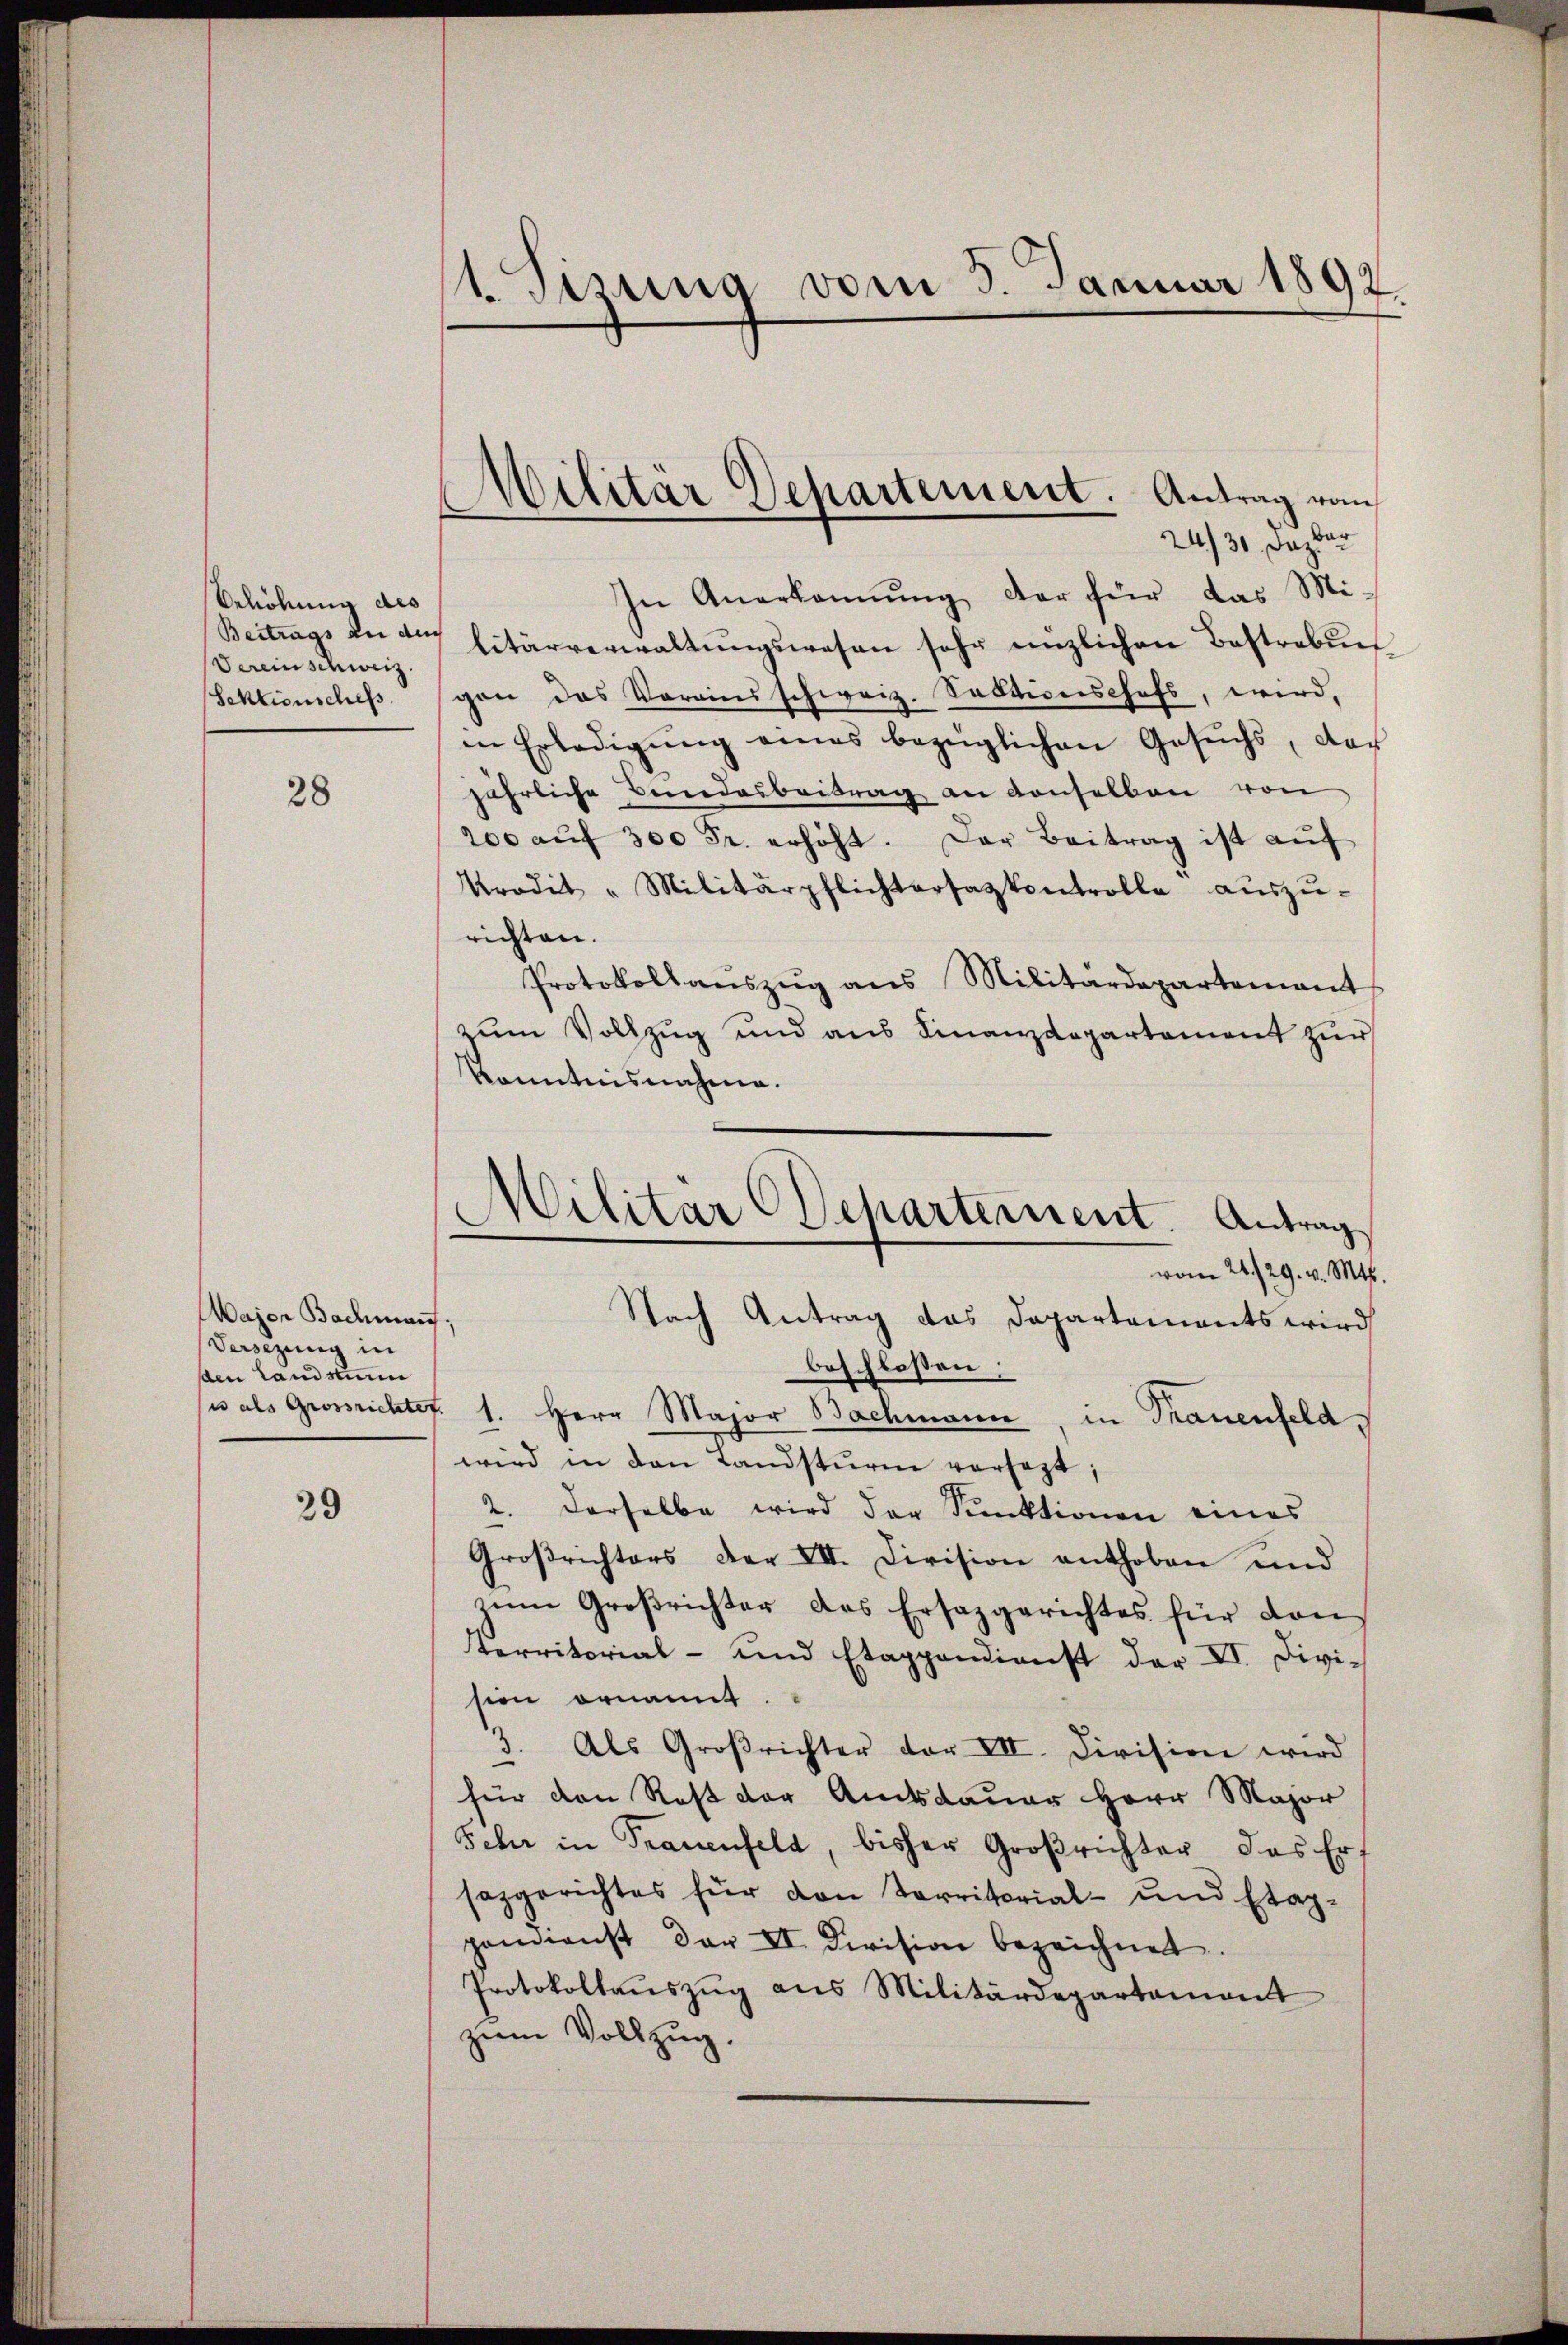
Belobung des
Vereinschweiz.
Sektiensches

28

Major Bachmann.
Versezung in
sden Landstim

39

vom 5. Januar 1892.
1. Sizung

Militär Departement. Antrag vom

24/30. Dazbar
In Anerkennung der für das Mi¬
Beitrags an der Eitärverwaltŭngswesen sehr enzlichen Bestrebun
gen das Vorainsschweiz. Sectionischefs, wird,
in Erledigŭng eines bezüglichen Gesuchs, doch
jährliche Bundesbeitrag an denselben von
200 aŭf 300 Fr. erhöht. Der Beitrag ist auf
Krodit "Militärpflichtersazkontrolle aŭszŭ-
richten.
Protokollaŭszŭg ans Militärdepartement
zum Vollzug und aus Finanzdepartement zur
Kenntnisnahme.
beschlossen
ses als Grossrichter 1. Herr Major Bachmann, in Trauenfeld.
wird in den Landstŭrm versezt;
2. Derselbe wird der Sektionen eines
Groβrichters der VII. Division enthoben und
zu Großrichter das Ersazgerichtes für dan
Kerritorial- und Etappendienst der VI. Divi-
sion ornannt
3. Als Groβrichter der VII. Division wird
für den Rest der Amtsdauer Herr Major
Sehr in Frauenfeld, bisher Großrichter das Er¬
7
sazgerichtes für den Territorial- und Etagpondienst der II. Division bezeichnet.
Protokollaŭszŭg ans Militärdepartament
zum Vollzug.

A
Cilitar Scharternent. Antrag
vom 24./29. v. Mts.
Nach Antrag das Departements wird